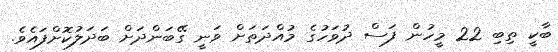
ބާކީ ތިބި 22 މީހުން ފަސް ދުވަހުގެ މުއްދަތަށް ވަނީ ގޭބަންދަށް ބަދަލުކޮށްފައެވެ.